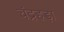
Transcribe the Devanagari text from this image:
चंद्रहड़ा